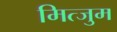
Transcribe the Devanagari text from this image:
मित्जुम